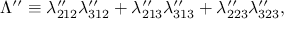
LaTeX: \Lambda ^ { \prime \prime } \equiv \lambda _ { 2 1 2 } ^ { \prime \prime } \lambda _ { 3 1 2 } ^ { \prime \prime } + \lambda _ { 2 1 3 } ^ { \prime \prime } \lambda _ { 3 1 3 } ^ { \prime \prime } + \lambda _ { 2 2 3 } ^ { \prime \prime } \lambda _ { 3 2 3 } ^ { \prime \prime } ,